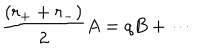
\frac { ( r _ { + } + r _ { - } ) } { 2 } A = q B + \cdots